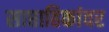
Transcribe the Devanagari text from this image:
साप्ताहिकांवर